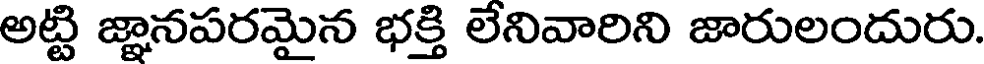
అట్టి జ్ఞానపరమైన భక్తి లేనివారిని జారులందురు.